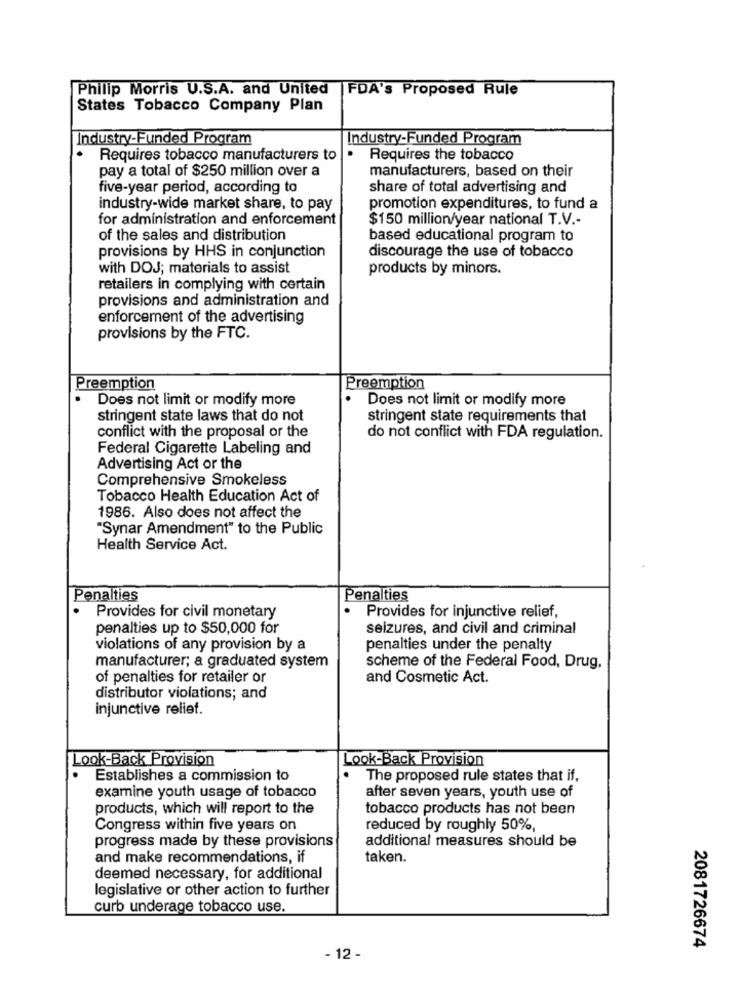
Philip Morris U.S.A. and United
FDA's Proposed Rule
States Tobacco Company Plan
Industry-Funded Program
Industry-Funded Program
Requires tobacco manufacturers to
Requires the tobacco
pay a total of $250 million over a
manufacturers, based on their
five-year period, according to
share of total advertising and
industry-wide market share, to pay
promotion expenditures, to fund a
for administration and enforcement
$150 million/year national T.V .-
of the sales and distribution
based educational program to
provisions by HHS in conjunction
discourage the use of tobacco
with DOJ; materials to assist
products by minors.
retailers in complying with certain
provisions and administration and
enforcement of the advertising
provisions by the FTC.
Preemption
Preemption
Does not limit or modify more
.
Does not limit or modify more
stringent state laws that do not
stringent state requirements that
conflict with the proposal or the
do not conflict with FDA regulation.
Federal Cigarette Labeling and
Advertising Act or the
Comprehensive Smokeless
Tobacco Health Education Act of
1986. Also does not affect the
"Synar Amendment" to the Public
Health Service Act.
Penalties
Penalties
.
.
Provides for civil monetary
Provides for injunctive relief,
penalties up to $50,000 for
seizures, and civil and criminal
violations of any provision by a
penalties under the penalty
manufacturer; a graduated system
scheme of the Federal Food, Drug,
of penalties for retailer or
and Cosmetic Act.
distributor violations; and
injunctive relief.
Look-Back Provision
Look-Back Provision
Establishes a commission to
The proposed rule states that if,
after seven years, youth use of
examine youth usage of tobacco
products, which will report to the
tobacco products has not been
Congress within five years on
reduced by roughly 50%,
additional measures should be
progress made by these provisions
and make recommendations, if
taken.
deemed necessary, for additional
legislative or other action to further
curb underage tobacco use.
2081726674
- 12 -